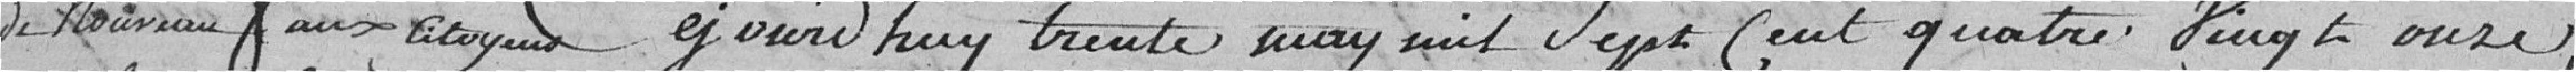
de nouveau aux citoyens       Aujourd'hui trente mai mil sept cent quatre vingt onze